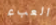
العبء